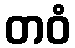
တဝံ